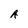
Character: A